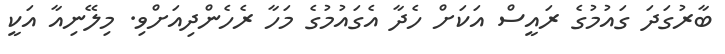
ބާރުގަދަ ގައުމުގެ ރައީސް އަކަށް ހެދާ އެގައުމުގެ މަހާ ރެހެންދިއަށްވި. މިލޭނިއާ އަކީ